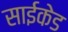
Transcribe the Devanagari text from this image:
साईकेड